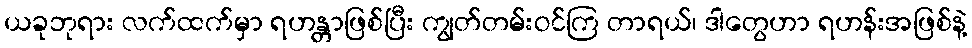
ယခုဘုရား လက်ထက်မှာ ရဟန္တာဖြစ်ပြီး ကျွတ်တမ်းဝင်ကြ တာရယ်၊ ဒါတွေဟာ ရဟန်းအဖြစ်နဲ့